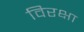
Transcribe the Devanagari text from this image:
विरक्षा